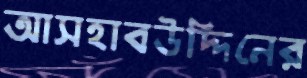
আসহাবউদ্দিনের